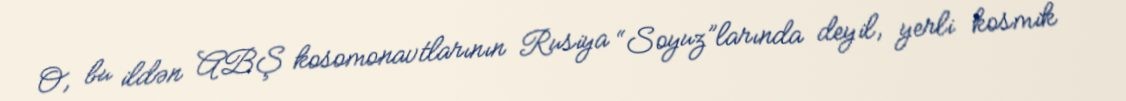
O, bu ildən ABŞ kosomonavtlarının Rusiya “Soyuz”larında deyil, yerli kosmik